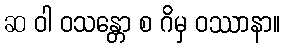
ဆ ဝါ ဝသန္တော စ ဂိမှ ဝဿာနာ။